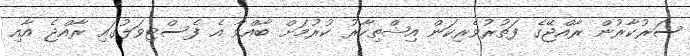
ސަރުކާރުން ރާއްޖޭގެ ފަތުުރުވެރިކަން އިޝްތިހާރު ކުރުމަށް ބާއްވާ އެ ފެސްޓިވަލުގައި ރާއްޖެ އާއި